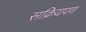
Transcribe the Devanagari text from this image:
सक्रियपण